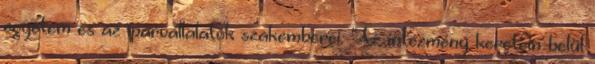
egyetem és az iparvállalatok szakemberei. "Az intézmény keretein belül